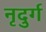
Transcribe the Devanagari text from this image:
नृदुर्ग